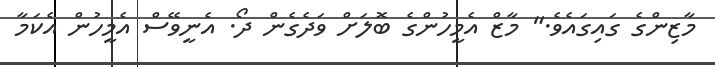
މާޒިންގެ ގައިގައެވެ." މާޒް އެމީހުންގެ ބޮލަށް ވަދެގެން ދޯ. އެނީވޭސް އެމީހުން އެކަމާ